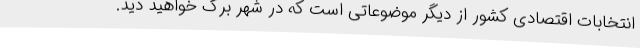
انتخابات اقتصادی کشور از دیگر موضوعاتی است که در شهر برگ خواهید دید.